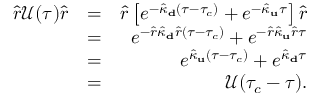
\begin{array} { r l r } { \hat { r } \mathcal { U } ( \tau ) \hat { r } } & { = } & { \hat { r } \left[ e ^ { - \hat { \kappa } _ { \bf d } ( \tau - \tau _ { c } ) } + e ^ { - \hat { \kappa } _ { \bf u } \tau } \right] \hat { r } } \\ & { = } & { e ^ { - \hat { r } \hat { \kappa } _ { \bf d } \hat { r } ( \tau - \tau _ { c } ) } + e ^ { - \hat { r } \hat { \kappa } _ { \bf u } \hat { r } \tau } } \\ & { = } & { e ^ { \hat { \kappa } _ { \bf u } ( \tau - \tau _ { c } ) } + e ^ { \hat { \kappa } _ { \bf d } \tau } } \\ & { = } & { \mathcal { U } ( \tau _ { c } - \tau ) . } \end{array}